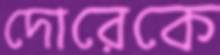
দোরেকে